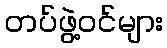
တပ်ဖွဲ့ဝင်များ